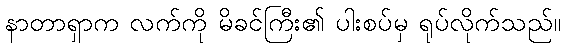
နာတာရှာက လက်ကို မိခင်ကြီး၏ ပါးစပ်မှ ရုပ်လိုက်သည်။